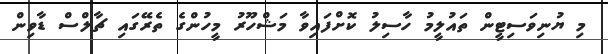
މި ޔުނިވަސިޓީން ތައުލީމު ހާސިލު ކޮށްފައިވާ މަޝްހޫރު މީހުންގެ ތެރޭގައި ޗާލްސް ޑާވިން